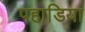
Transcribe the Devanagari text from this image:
पहाडि़या